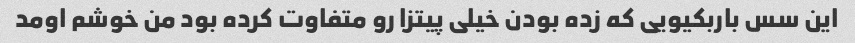
این سس باربکیویی که زده بودن خیلی پیتزا رو متفاوت کرده بود من خوشم اومد